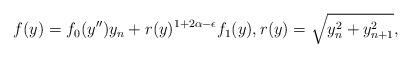
LaTeX: \begin{align*}f(y)=f_0(y'')y_n+ r(y)^{1+2\alpha-\epsilon}f_1(y),r(y)=\sqrt{y_n^2+y_{n+1}^2},\end{align*}